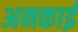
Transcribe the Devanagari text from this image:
अनकाई